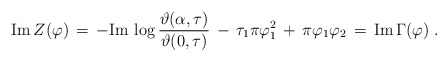
\begin{align*}{\rm Im} \, Z (\varphi) \,=\, - {\rm Im} \, \log\frac{\vartheta (\alpha , \tau)}{\vartheta (0,\tau)} \,-\,\tau_1 \pi\varphi_1^2 \,+\, \pi \varphi_1 \varphi_2 \,=\, {\rm Im} \, \Gamma (\varphi)\;.\end{align*}